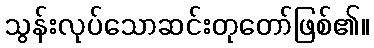
သွန်းလုပ်သောဆင်းတုတော်ဖြစ်၏။